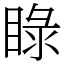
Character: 睩